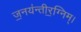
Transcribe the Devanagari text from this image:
ज॒नय॑न्तीर॒ग्निम्।